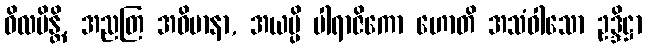
ဝိလပိန္တိ, အညတြ အဓိမာနာ, အယမ္ပိ ပါရာဇိကော ဟောတိ အသံဝါသော ဥဒ္ဒိဋ္ဌာ